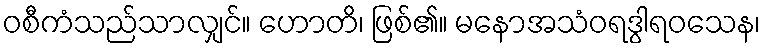
ဝစီကံသည်သာလျှင်။ ဟောတိ၊ ဖြစ်၏။ မနောအသံဝရဒွါရဝသေန၊